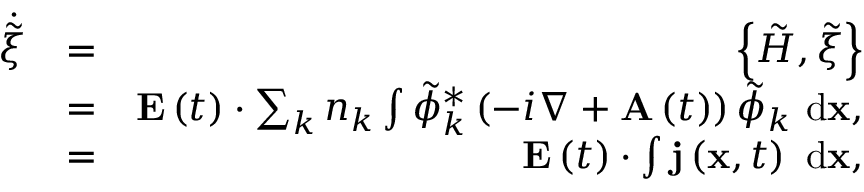
\begin{array} { r l r } { \dot { \tilde { \xi } } } & { = } & { \left\{ \tilde { H } , \tilde { \xi } \right\} } \\ & { = } & { { \bf E } \left( t \right) \cdot \sum _ { k } { n _ { k } \int { \tilde { \phi } _ { k } ^ { * } \left( - i \nabla + { \bf A } \left( t \right) \right) \tilde { \phi } _ { k } \ \mathrm { d } { \bf x } } } , } \\ & { = } & { { \bf E } \left( t \right) \cdot \int { { \bf j } \left( { \bf x } , t \right) \ \mathrm { d } { \bf x } } , } \end{array}